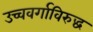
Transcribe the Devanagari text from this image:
उच्चवर्गाविरुद्ध